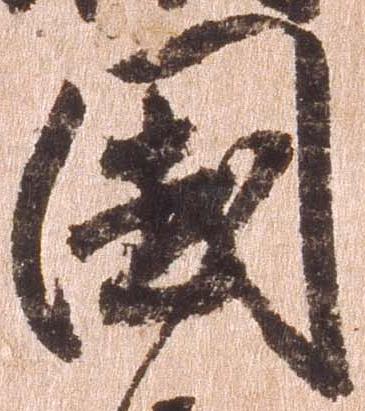
国